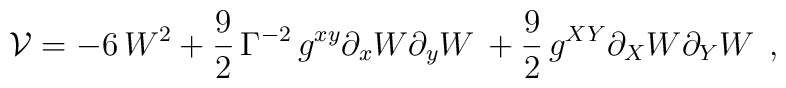
{\cal V}= - 6 \, W^2+\frac{9}{2} \, \Gamma^{-2}\, g^{x y}\partial_x W\partial_y W\, +\frac{9}{2} \, g^{XY}\partial_X W\partial_Y W\, \;,